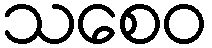
သစေဝ